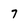
Character: 7